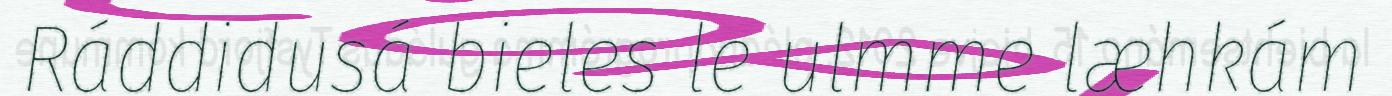
Ráddidusá bieles le ulmme læhkám